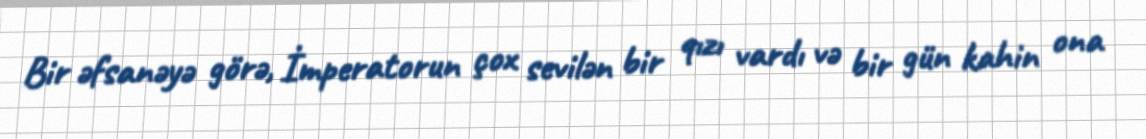
Bir əfsanəyə görə, İmperatorun çox sevilən bir qızı vardı və bir gün kahin ona